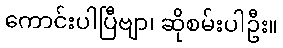
ကောင်းပါပြီဗျာ၊ ဆိုစမ်းပါဦး။